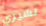
تشيري